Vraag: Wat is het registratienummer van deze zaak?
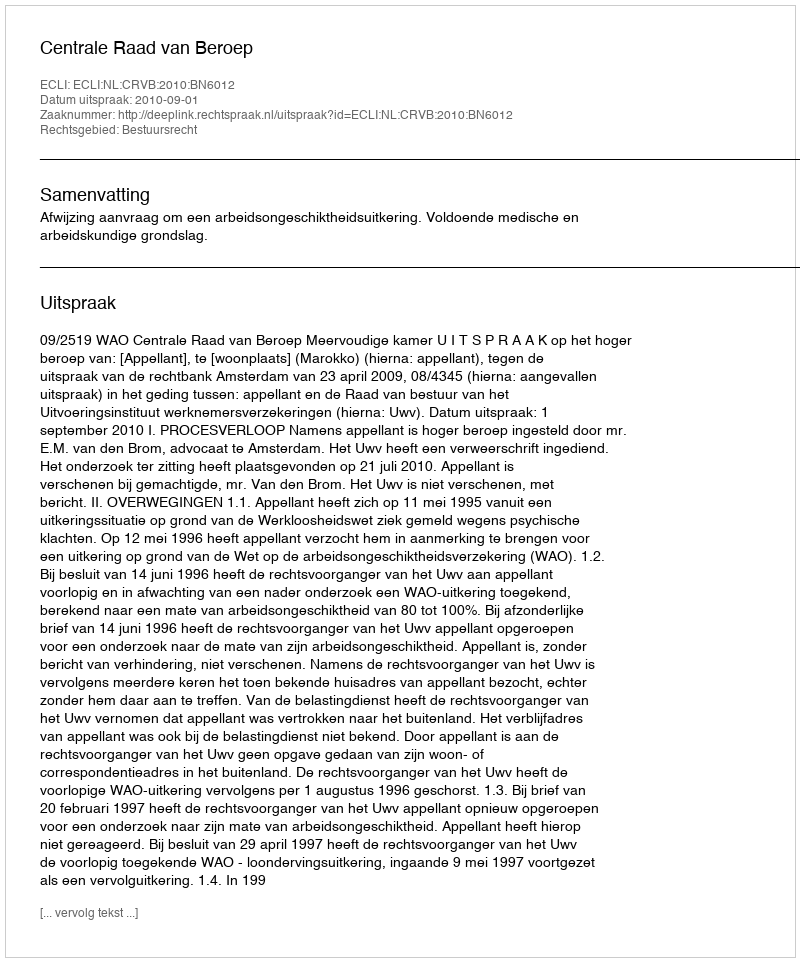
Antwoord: http://deeplink.rechtspraak.nl/uitspraak?id=ECLI:NL:CRVB:2010:BN6012